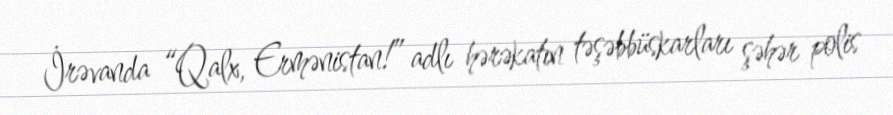
İrəvanda “Qalx, Ermənistan!” adlı hərəkatın təşəbbüskarları şəhər polis